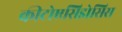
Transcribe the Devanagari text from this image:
कीटोएसिडोसिस